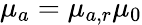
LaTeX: \mu_{a}=\mu_{a,r}\mu_{0}